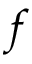
f